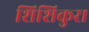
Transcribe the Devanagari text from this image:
शिशिकुरा